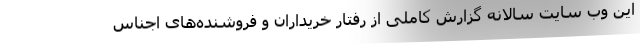
این وب سایت سالانه گزارش کاملی از رفتار خریداران و فروشنده‌های اجناس